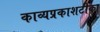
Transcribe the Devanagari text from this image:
काव्यप्रकाशटीका